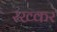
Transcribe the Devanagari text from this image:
रख्कर